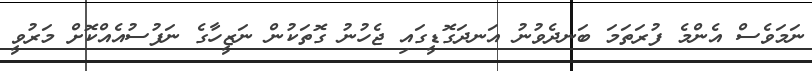
ނަމަވެސް އެންމެ ފުރަތަމަ ބަނދެވުނު އަނދަގޮޑީގައި ޖެހުނު ގޮތަކުން ނަޒީހާގެ ނަފުސުއެއްކޮށް މަރުވީ